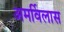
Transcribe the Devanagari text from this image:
अमर्विलास